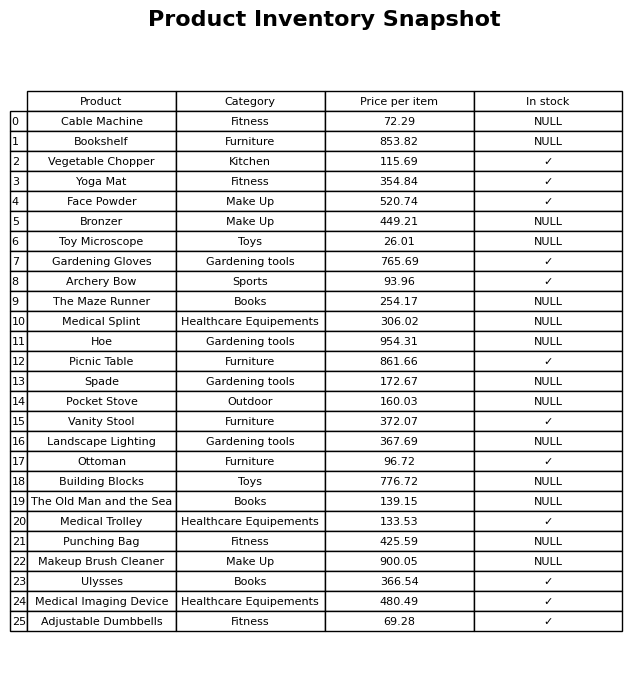
question: What is the stock status of the Toy Microscope?
answer: NULL